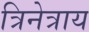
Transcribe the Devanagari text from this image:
त्रिनेत्राय